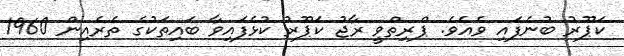
ކަޕޫރު ބުނެފައި ވެއެވެ. ޕްރިތްވީ ރާޖު ކަޕޫރު ކުޅެފައިވާ ބައިތަކުގެ ތެރެއިން 1960